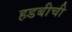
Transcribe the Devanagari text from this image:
हडबीची